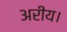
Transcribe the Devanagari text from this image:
अरीय।